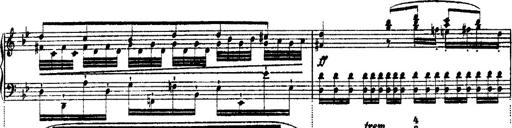
Title: Ã‰tudes d'exÃ©cution transcendante d'aprÃ¨s Paganini
Composer: Franz Liszt